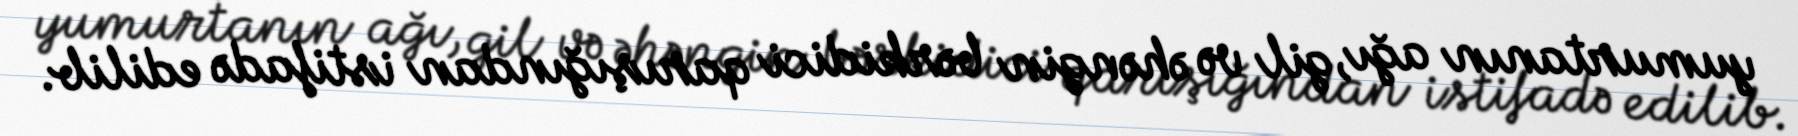
yumurtanın ağı, gil və əhəngin bərkidici qarışığından istifadə edilib.